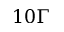
1 0 \Gamma